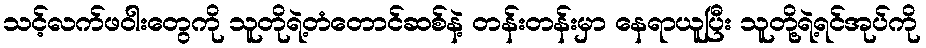
သင့်လက်ဖဝါးတွေကို သူတိုရဲ့တံတောင်ဆစ်နဲ့ တန်းတန်းမှာ နေရာယူပြီး သူတို့ရဲ့ရင်အုပ်ကို